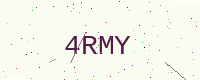
Text: 4RMY